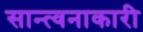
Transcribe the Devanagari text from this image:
सान्त्वनाकारी